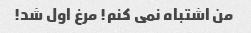
من اشتباه نمی کنم! مرغ اول شد!